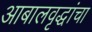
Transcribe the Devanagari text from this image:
आबालवृद्धांचा